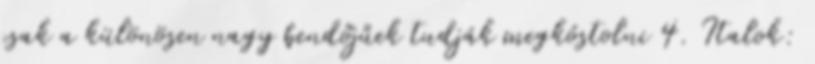
csak a különösen nagy bendőjűek tudják megkóstolni 4. Italok: